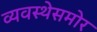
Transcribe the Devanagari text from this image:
व्यवस्थेसमोर